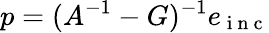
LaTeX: p=(A^{-1}-G)^{-1}e_{\mathrm{~i~n~c~}}